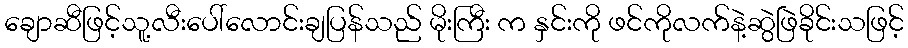
ချောဆီဖြင့်သူ့လီးပေါ်လောင်းချပြန်သည် မိုးကြီး က နှင်းကို ဖင်ကိုလက်နဲ့ဆွဲဖြဲခိုင်းသဖြင့်